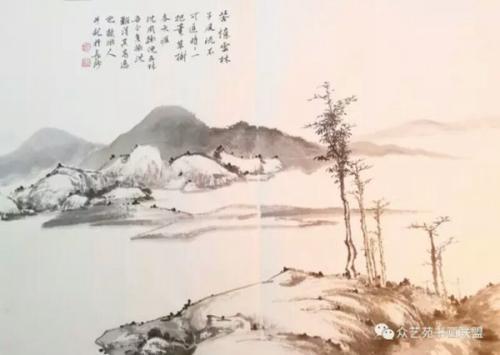
举头红日近，回首白云低。